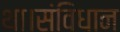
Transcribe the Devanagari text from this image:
था।संविधान